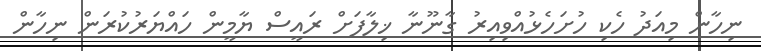
ނިހާން މިއަދު ހެކި ހުށަހެޅުއްވިއިރު ގާނޫނާ ޚިލާފަށް ރައީސް ޔާމީން ހައްޔަރުކުރަން ނިހާން